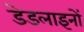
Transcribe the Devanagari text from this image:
डेडलाइनों